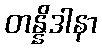
တန္နိဒါနာ